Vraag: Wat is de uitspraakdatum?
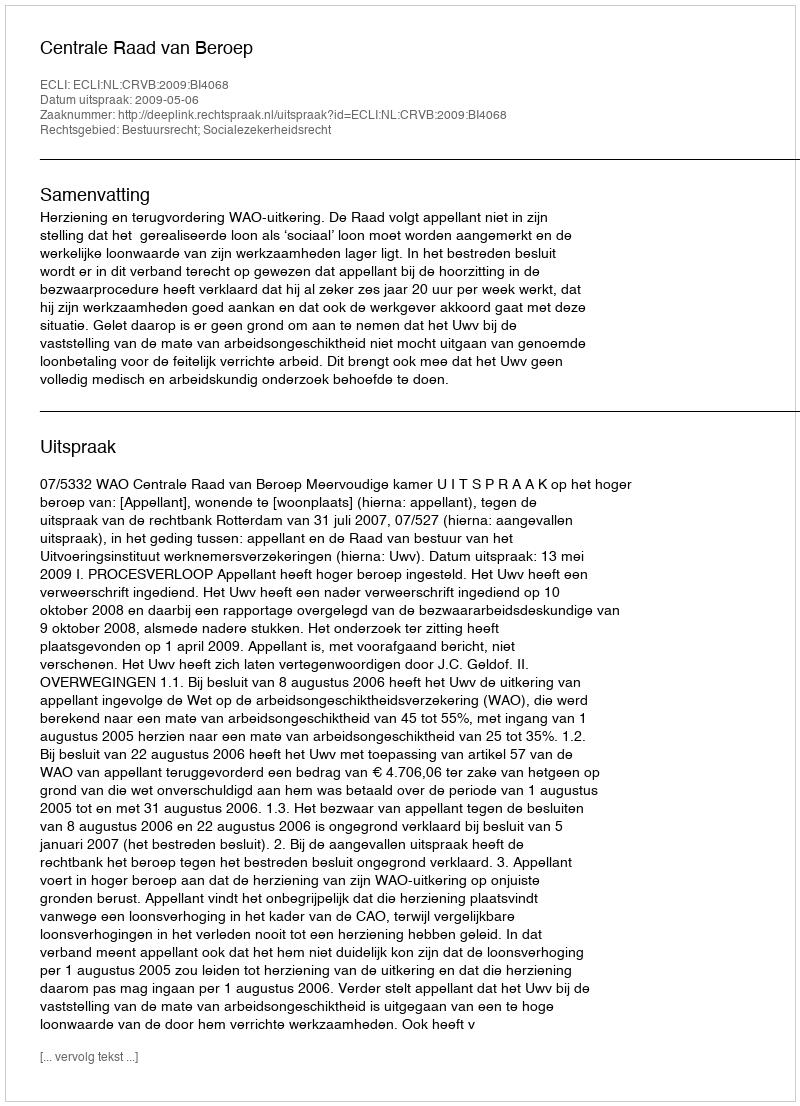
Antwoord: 2009-05-06